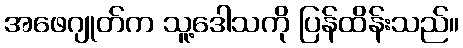
အဖေဂျုတ်က သူ့ဒေါသကို ပြန်ထိန်းသည်။